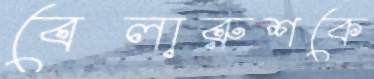
বেলারুশকে